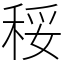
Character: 䅑